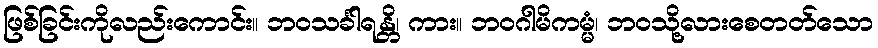
ဖြစ်ခြင်းကိုလည်းကောင်း။ ဘဝသင်္ခါရန္တိ၊ ကား။ ဘဝဂါမိကမ္မံ၊ ဘဝသို့လားစေတတ်သော